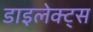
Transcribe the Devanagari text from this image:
डाइलेक्ट्स